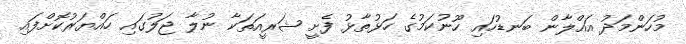
މުހަންމަދު އައްލާން ބަނޑުހައި ހޫނުކަމުގެ ހަޅުތާޅު ފެށީ ޝަރީއަތަކާ ނުލާ ޖަލުގައި ހައްޔަރުކޮށްފައި